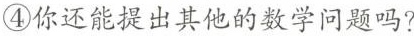
④你还能提出其他的数学问题吗?